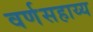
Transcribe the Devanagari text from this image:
वर्णसहाय्य